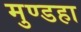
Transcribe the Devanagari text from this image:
मुण्डहा